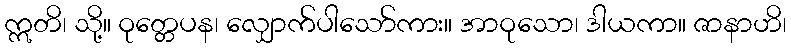
ဣတိ၊ သို့။ ဝုတ္တေပန၊ လျှောက်ပါသော်ကား။ အာဝုသော၊ ဒါယကာ။ ဇာနာဟိ၊